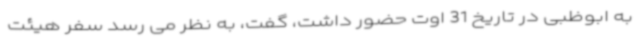
به ابوظبی در تاریخ 31 اوت حضور داشت، گفت، به نظر می رسد سفر هیئت